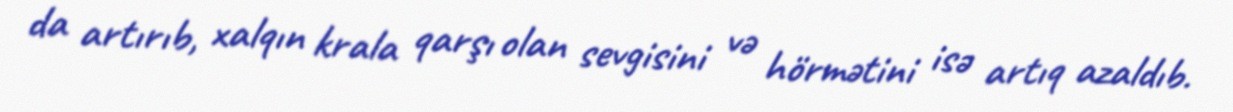
da artırıb, xalqın krala qarşı olan sevgisini və hörmətini isə artıq azaldıb.